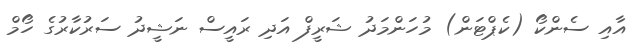
އާއި ސެންކޯ (ކެޕްޓަން) މުހަންމަދު ޝަރީފް އަދި ރައީސް ނަޝީދު ސަރުކާރުގެ ހޯމް